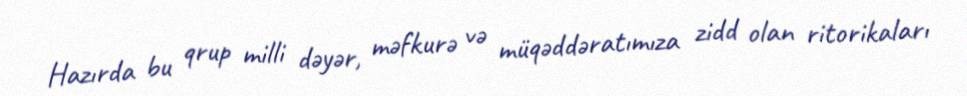
Hazırda bu qrup milli dəyər, məfkurə və müqəddəratımıza zidd olan ritorikaları